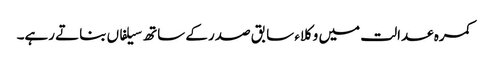
کمرہ عدالت میں وکلاء سابق صدر کے ساتھ سیلفاں بناتے رہے۔